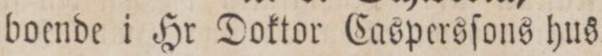
boende i Hr Doktor Caspersſons hus.